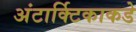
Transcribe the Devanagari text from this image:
अंटार्क्टिकाकडे